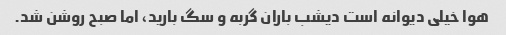
هوا خیلی دیوانه است دیشب باران گربه و سگ بارید، اما صبح روشن شد.